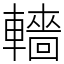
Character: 轖